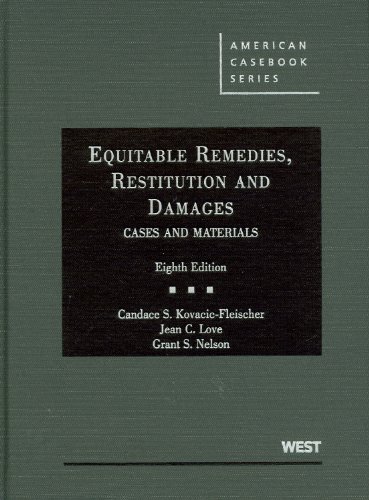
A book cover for Equitable Remedies, Restitution and Damages, Cases and Materials (American Casebook Series); Candace Kovacic-Fleischer; Law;